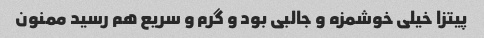
پیتزا خیلی خوشمزه و جالبی بود و گرم و سریع هم رسید ممنون